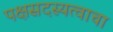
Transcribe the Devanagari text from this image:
पक्षसदस्यत्वाचा